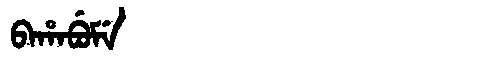
Manchu: ᠪᠠᡥᠠᠪᡠᠮᡝ
Romanization: BAHABUME